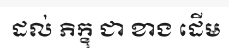
ដល់ ភិក្ខុ ជា ខាង ដើម